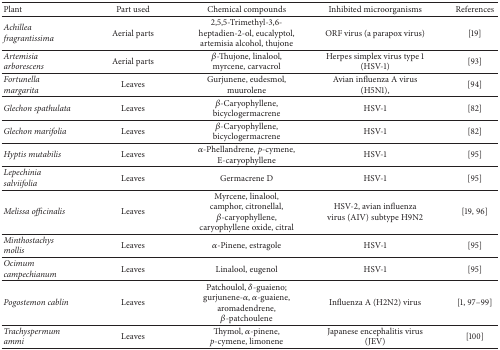
| Plant | Part used | Chemical compounds | Inhibited microorganisms | References |
 | --- | --- | --- | --- | --- |
 | Achillea fragrantissima | Aerial parts | 2,5,5-Trimethyl-3,6-heptadien-2-ol, eucalyptol, artemisia alcohol, thujone | ORF virus (a parapox virus) | [19] |
 | Artemisia arborescens | Aerial parts | β-Thujone, linalool, myrcene, carvacrol | Herpes simplex virus type 1 (HSV-1) | [93] |
 | Fortunella margarita | Leaves | Gurjunene, eudesmol, muurolene | Avian influenza A virus (H5N1), | [94] |
 | Glechon spathulata | Leaves | β-Caryophyllene, bicyclogermacrene | HSV-1 | [82] |
 | Glechon marifolia | Leaves | β-Caryophyllene, bicyclogermacrene | HSV-1 | [82] |
 | Hyptis mutabilis | Leaves | α-Phellandrene, p-cymene, E-caryophyllene | HSV-1 | [95] |
 | Lepechinia salviifolia | Leaves | Germacrene D | HSV-1 | [95] |
 | Melissa officinalis | Leaves | Myrcene, linalool, camphor, citronellal, β-caryophyllene, caryophyllene oxide, citral | HSV-2, avian influenza virus (AIV) subtype H9N2 | [19, 96] |
 | Minthostachys mollis | Leaves | α-Pinene, estragole | HSV-1 | [95] |
 | Ocimum campechianum | Leaves | Linalool, eugenol | HSV-1 | [95] |
 | Pogostemon cablin | Leaves | Patchoulol, δ-guaieno; gurjunene-α, α-guaiene, aromadendrene, β-patchoulene | Influenza A (H2N2) virus | [1, 97–99] |
 | Trachyspermum ammi | Leaves | Thymol, α-pinene, p-cymene, limonene | Japanese encephalitis virus (JEV) | [100] |